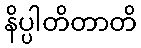
နိပ္ပါတိတာတိ